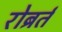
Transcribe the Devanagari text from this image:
रोब्रर्त